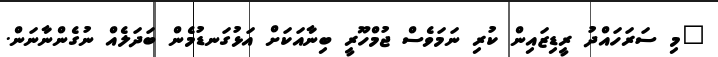
"މި ސަރަހައްދު ރީޑިޒައިން ކުރި ނަމަވެސް ޖުމްހޫރީ ބިނާއަކަށް އަޅުގަނޑުމެން ބަދަލެއް ނުގެންނާނަން.